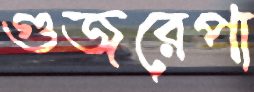
গুজরেপা